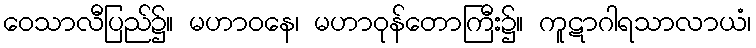
ဝေသာလီပြည်၌။ မဟာဝနေ၊ မဟာဝုန်တောကြီး၌။ ကူဋာဂါရသာလာယံ၊